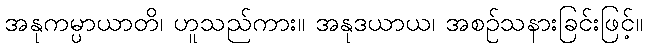
အနုကမ္ပာယာတိ၊ ဟူသည်ကား။ အနုဒယာယ၊ အစဉ်သနားခြင်းဖြင့်။